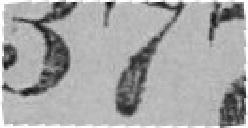
377